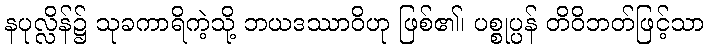
နပုလ္လိန်၌ သုခကာရိကဲ့သို့ ဘယဒဿာဝိဟု ဖြစ်၏၊ ပစ္စုပ္ပန် တိဝိဘတ်ဖြင့်သာ